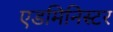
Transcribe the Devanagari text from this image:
एडमिनिस्टर